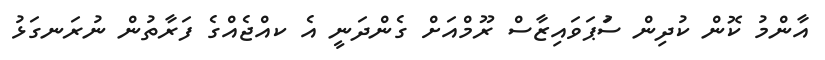
އާންމު ކޮން ކުދިން ސުުަަޕަވައިޒާސް ރޫމްއަށް ގެންދަނީ އެ ކއްޖެއްގެ ފަރާތުން ނުރަނގަޅު